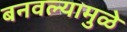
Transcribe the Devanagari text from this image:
बनवल्यामुळे